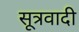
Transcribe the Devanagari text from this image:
सूत्रवादी